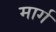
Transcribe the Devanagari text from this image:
मार्ग